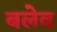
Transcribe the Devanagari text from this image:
बलेव